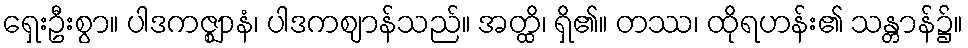
ရှေးဦးစွာ။ ပါဒကဇ္ဈာနံ၊ ပါဒကဈာန်သည်။ အတ္ထိ၊ ရှိ၏။ တဿ၊ ထိုရဟန်း၏ သန္တာန်၌။